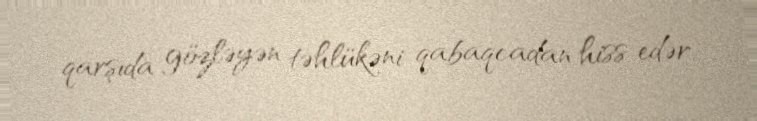
qarşıda gözləyən təhlükəni qabaqcadan hiss edər.